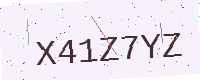
Text: X41Z7YZ